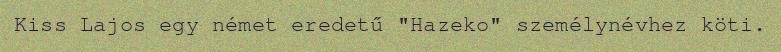
Kiss Lajos egy német eredetű "Hazeko" személynévhez köti.